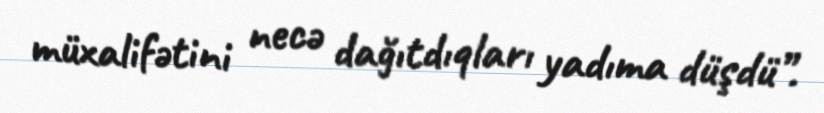
müxalifətini necə dağıtdıqları yadıma düşdü”.